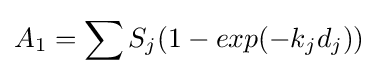
A_{1}=\sum S_{j}(1-exp(-k_{j}d_{j}))